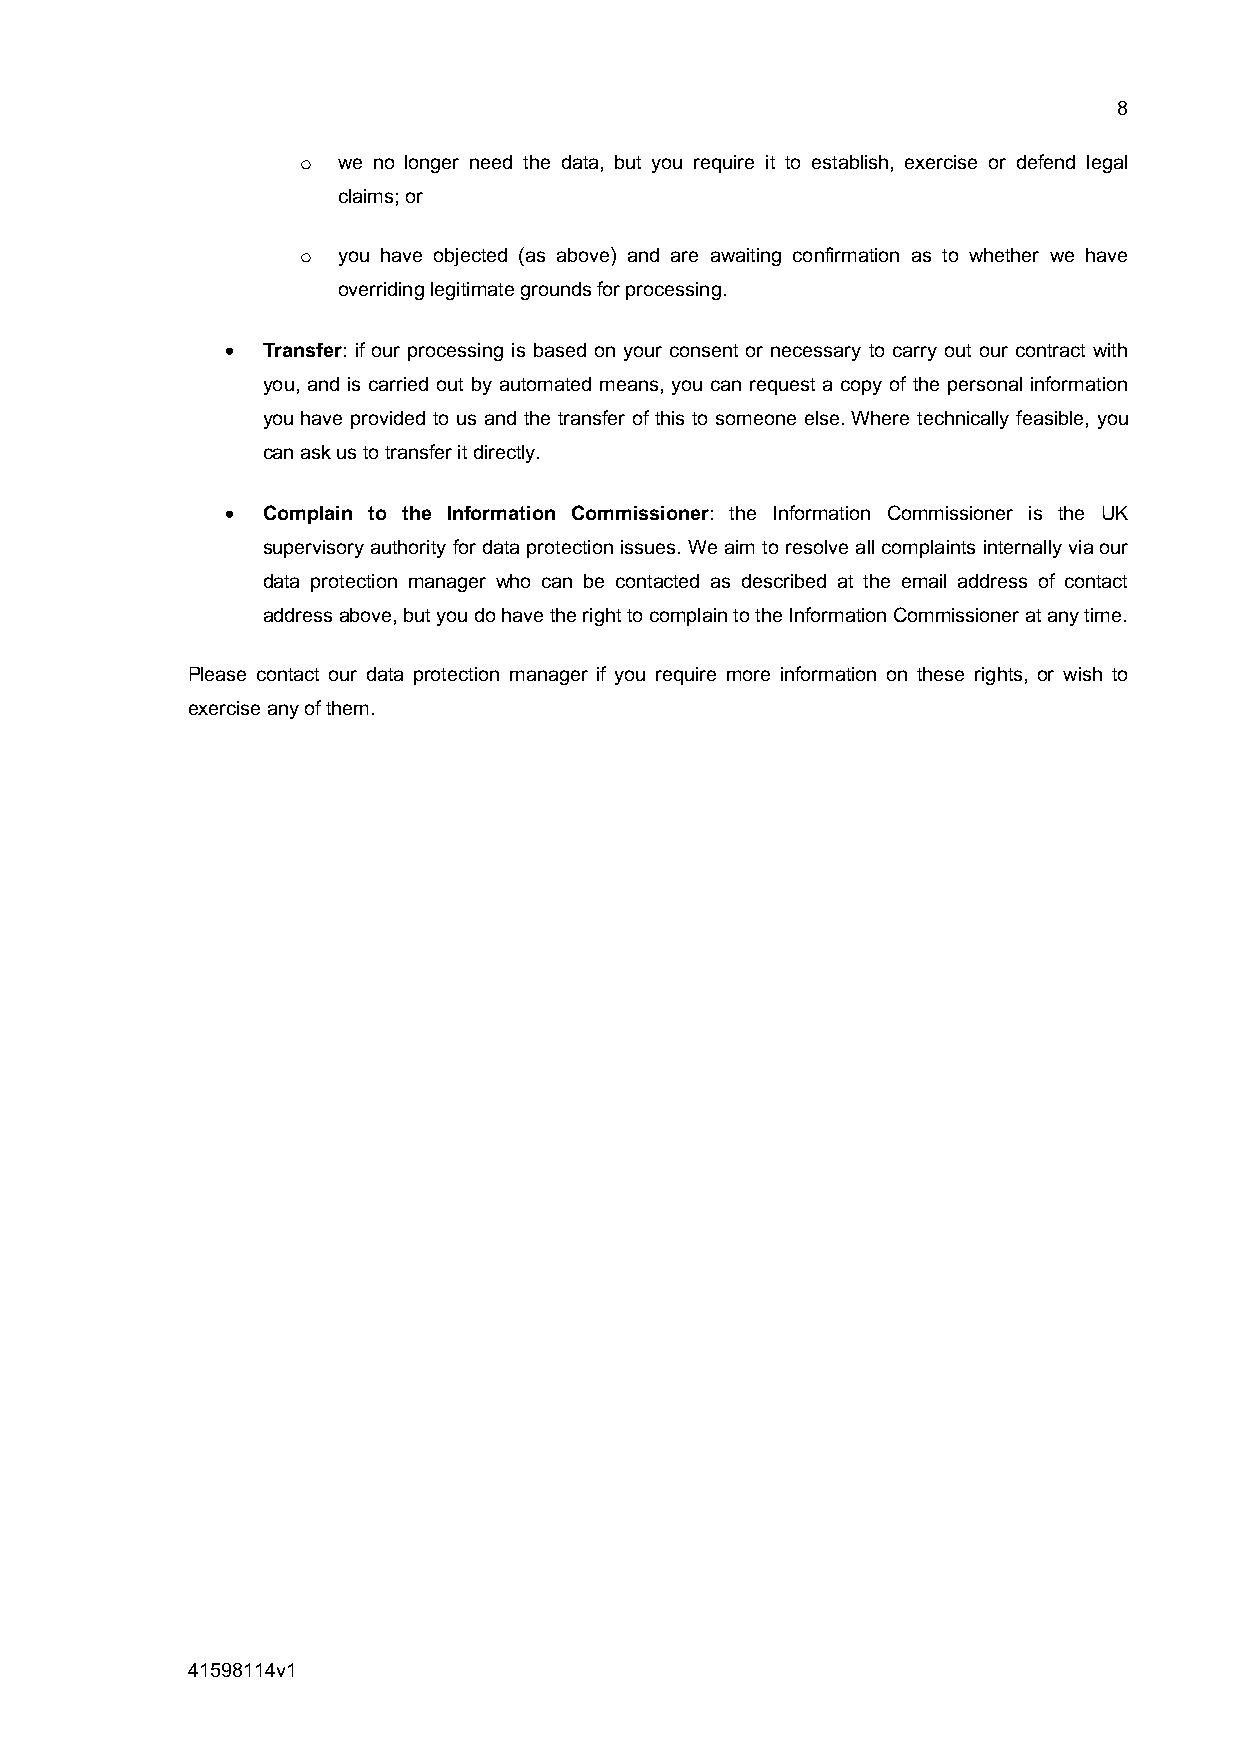
8
 o we no longer need the data, but you require it to establish, exercise or defend legal
 claims; or
 o you have objected (as above) and are awaiting confirmation as to whether we have
 overriding legitimate grounds for processing.
 • Transfer: if our processing is based on your consent or necessary to carry out our contract with
 you, and is carried out by automated means, you can request a copy of the personal information
 you have provided to us and the transfer of this to someone else. Where technically feasible, you
 can ask us to transfer it directly.
 • Complain to the Information Commissioner: the Information Commissioner is the UK
 supervisory authority for data protection issues. We aim to resolve all complaints internally via our
 data protection manager who can be contacted as described at the email address of contact
 address above, but you do have the right to complain to the Information Commissioner at any time.
 Please contact our data protection manager if you require more information on these rights, or wish to
 exercise any of them.
 41598114v1